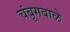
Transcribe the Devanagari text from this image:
चंबूगबाळे